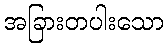
အခြားတပါးသော